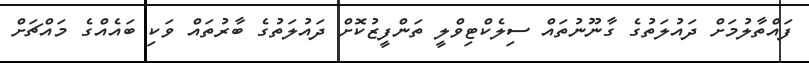
ފައްތާލުމަށް ދައުލަތުގެ ގާނޫނުތައް ސިލެކްޓިވްލީ ތަންފީޒުކޮށް ދައުލަތުގެ ބާރުތައް ވަކި ބައެއްގެ މައްޗަށް